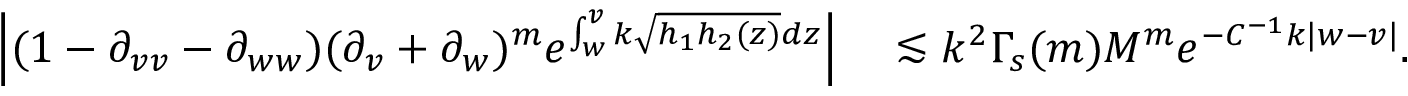
\begin{array} { r l } { \left| ( 1 - \partial _ { v v } - \partial _ { w w } ) ( \partial _ { v } + \partial _ { w } ) ^ { m } e ^ { \int _ { w } ^ { v } k \sqrt { h _ { 1 } h _ { 2 } ( z ) } d z } \right| } & { { } \lesssim k ^ { 2 } \Gamma _ { s } ( m ) M ^ { m } e ^ { - C ^ { - 1 } k | w - v | } . } \end{array}